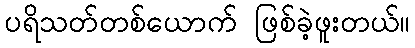
ပရိသတ်တစ်ယောက် ဖြစ်ခဲ့ဖူးတယ်။